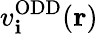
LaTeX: v_{\mathbf{i}}^{\mathrm{{ODD}}}(\mathbf{{r}})